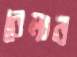
বেমার